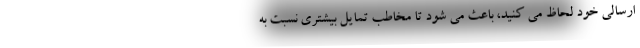
ارسالی خود لحاظ می کنید، باعث می شود تا مخاطب تمایل بیشتری نسبت به